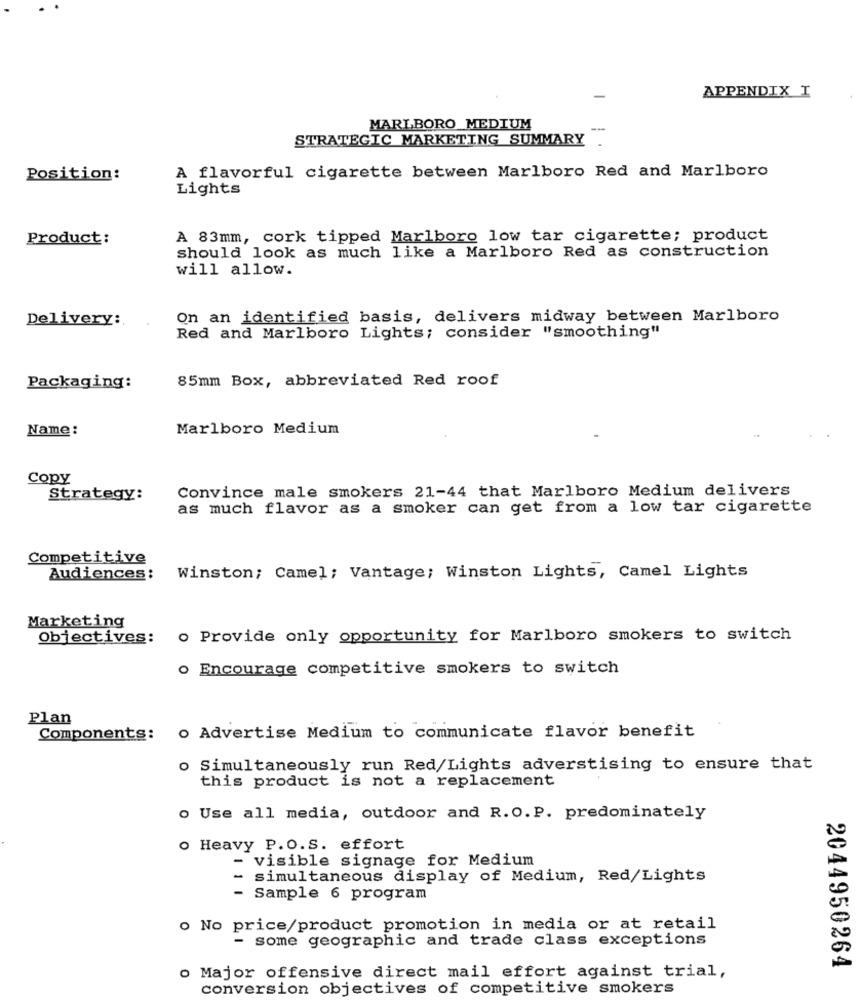
APPENDIX I
-
MARLBORO MEDIUM
STRATEGIC MARKETING SUMMARY.
A flavorful cigarette between Marlboro Red and Marlboro
Position:
Lights
Product:
A 83mm, cork tipped Marlboro low tar cigarette; product
should look as much like a Marlboro Red as construction
will allow.
On an identified basis, delivers midway between Marlboro
Delivery :.
Red and Marlboro Lights; consider "smoothing"
85mm Box, abbreviated Red roof
Packaging:
Name:
Marlboro Medium
Copy
Convince male smokers 21-44 that Marlboro Medium delivers
Strategy:
as much flavor as a smoker can get from a low tar cigarette
Competitive
Audiences :
Winston; Camel; Vantage; Winston Lights, Camel Lights
Marketing
Objectives:
o Provide only opportunity for Marlboro smokers to switch
o Encourage competitive smokers to switch
Plan
Components: o Advertise Medium to communicate flavor benefit
o Simultaneously run Red/Lights adverstising to ensure that
this product is not a replacement
o Use all media, outdoor and R.O.P. predominately
o Heavy P.O.S. effort
- visible signage for Medium
- simultaneous display of Medium, Red/Lights
- Sample 6 program
o No price/product promotion in media or at retail
- some geographic and trade class exceptions
o Major offensive direct mail effort against trial,
2044950264
conversion objectives of competitive smokers